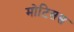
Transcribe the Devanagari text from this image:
मोटिसस